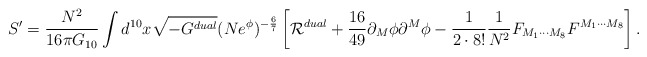
\begin{align*}S^{\prime}={{N^2}\over{16\pi G_{10}}}\int d^{10}x\sqrt{-G^{dual}}(Ne^{\phi})^{-{6\over 7}}\left[{\cal R}^{dual}+{{16}\over {49}}\partial_M\phi\partial^M\phi-{1\over {2\cdot 8!}}{1\over{N^2}}F_{M_1\cdots M_8}F^{M_1\cdots M_8}\right].\end{align*}